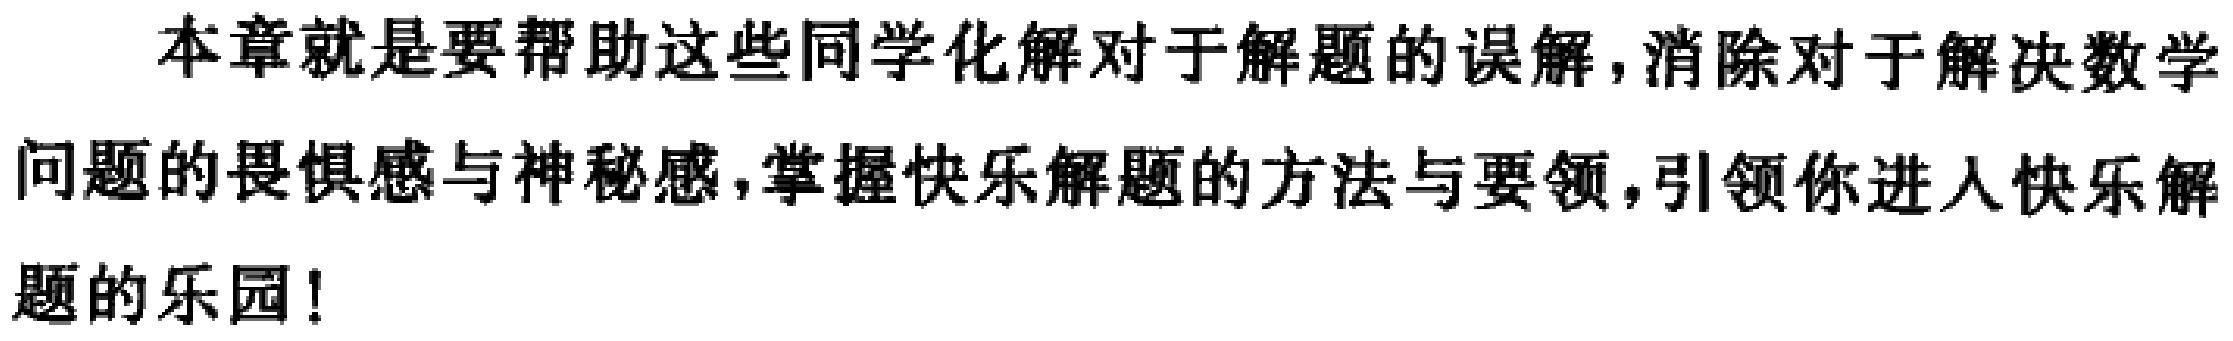
本章就是要帮助这些同学化解对于解题的误解,消除对于解决数学问题的畏惧感与神秘感,掌握快乐解题的方法与要领,引领你进入快乐解题的乐园!